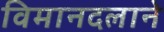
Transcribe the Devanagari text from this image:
विमानदलाने